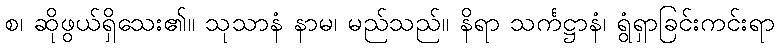
စ၊ ဆိုဖွယ်ရှိသေး၏။ သုသာနံ နာမ၊ မည်သည်။ နိရာ သင်္ကဋ္ဌာနံ၊ ရွံရှာခြင်းကင်းရာ